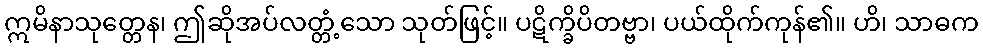
ဣမိနာသုတ္တေန၊ ဤဆိုအပ်လတ္တံ့သော သုတ်ဖြင့်။ ပဋိက္ခိပိတဗ္ဗာ၊ ပယ်ထိုက်ကုန်၏။ ဟိ၊ သာဓက